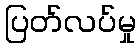
ပြတ်လပ်မှု